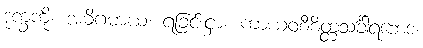
ဒုက္ခကို။ အဓိဂမာယ၊ ရခြင်းငှာ။ ကာယဝစီစိတ္တသင်္ခါရဘေဒံ၊